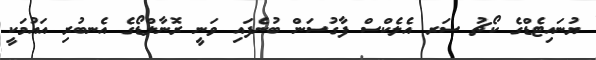
ޔުނައިޓެޑްގެ ކޯޗު ސަރ އެލެކްސް ފާގުސަން ބުނެފައި ވަނީ ރޮނާލްޑޯގެ އެނބުރި އައުމަކީ